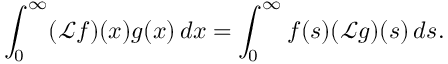
\int _ { 0 } ^ { \infty } ( { \mathcal { L } } f ) ( x ) g ( x ) \, d x = \int _ { 0 } ^ { \infty } f ( s ) ( { \mathcal { L } } g ) ( s ) \, d s .